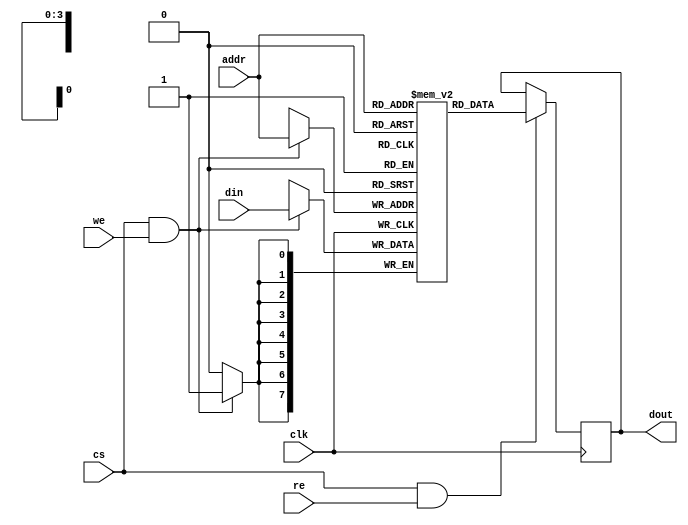
module embedded_sram #(
    parameter DATA_WIDTH = 8,   // Number of bits per word
    parameter ADDR_WIDTH = 4     // Number of address bits to access memory depth
)(
    input wire                  clk,    // Clock signal
    input wire                  cs,     // Chip Select
    input wire                  we,     // Write Enable
    input wire                  re,     // Read Enable
    input wire [ADDR_WIDTH-1:0] addr,   // Address input
    input wire [DATA_WIDTH-1:0] din,    // Data input
    output reg [DATA_WIDTH-1:0] dout    // Data output
);

    // Memory array declaration
    reg [DATA_WIDTH-1:0] memory [(2**ADDR_WIDTH)-1:0];

    // Read Operation
    always @(negedge clk) begin
        if (cs && re) begin
            dout <= memory[addr]; // Output data on falling edge when reading
        end
    end

    // Write Operation
    always @(posedge clk) begin
        if (cs && we) begin
            memory[addr] <= din; // Write data on rising edge when writing
        end
    end

    // Power management (for illustration, actual implementation requires more sophistication)
    // Example of simple retention mode (not practical but for demonstration purposes)
    // You can replace the conditional with more complex power management strategies.
    wire power_enable = cs;

    always @(negedge clk or negedge power_enable) begin
        if (!power_enable) begin
            // Implement low-power state here, e.g., disable latches
        end
    end

    // Built-In Self-Test (BIST) capabilities can be implemented here
    // You may implement specific logic to run tests and return status

endmodule